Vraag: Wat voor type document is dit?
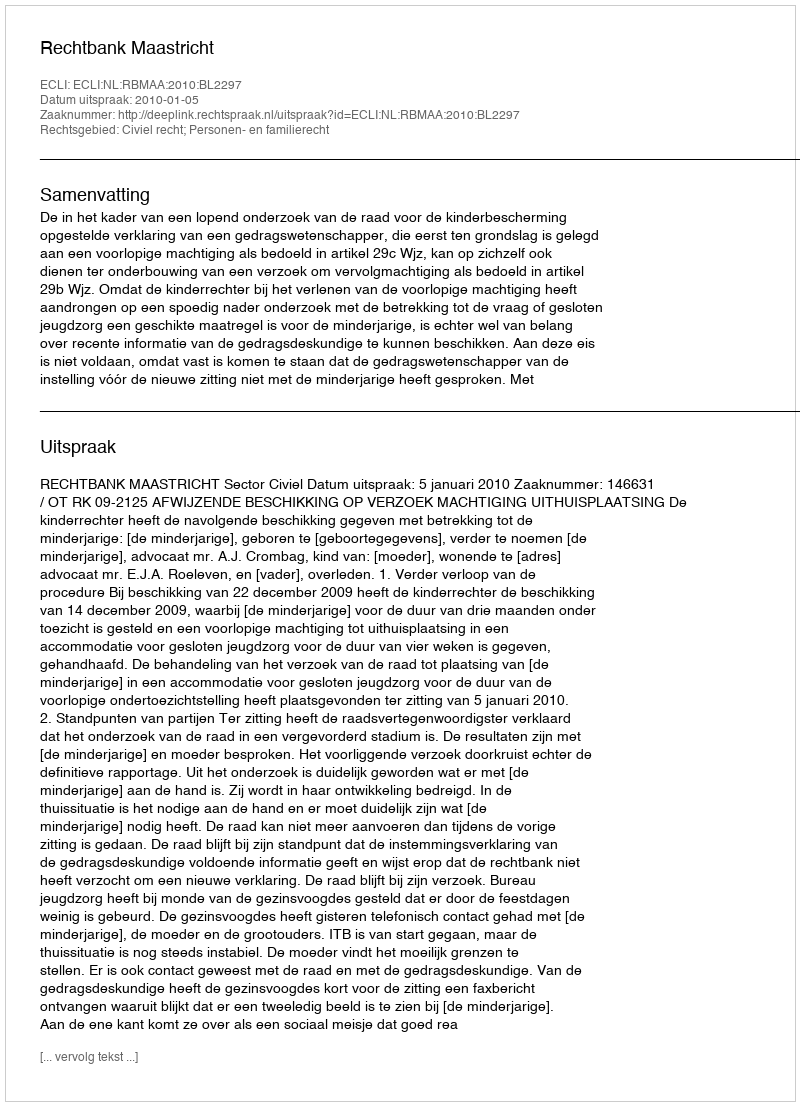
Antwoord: Uitspraak